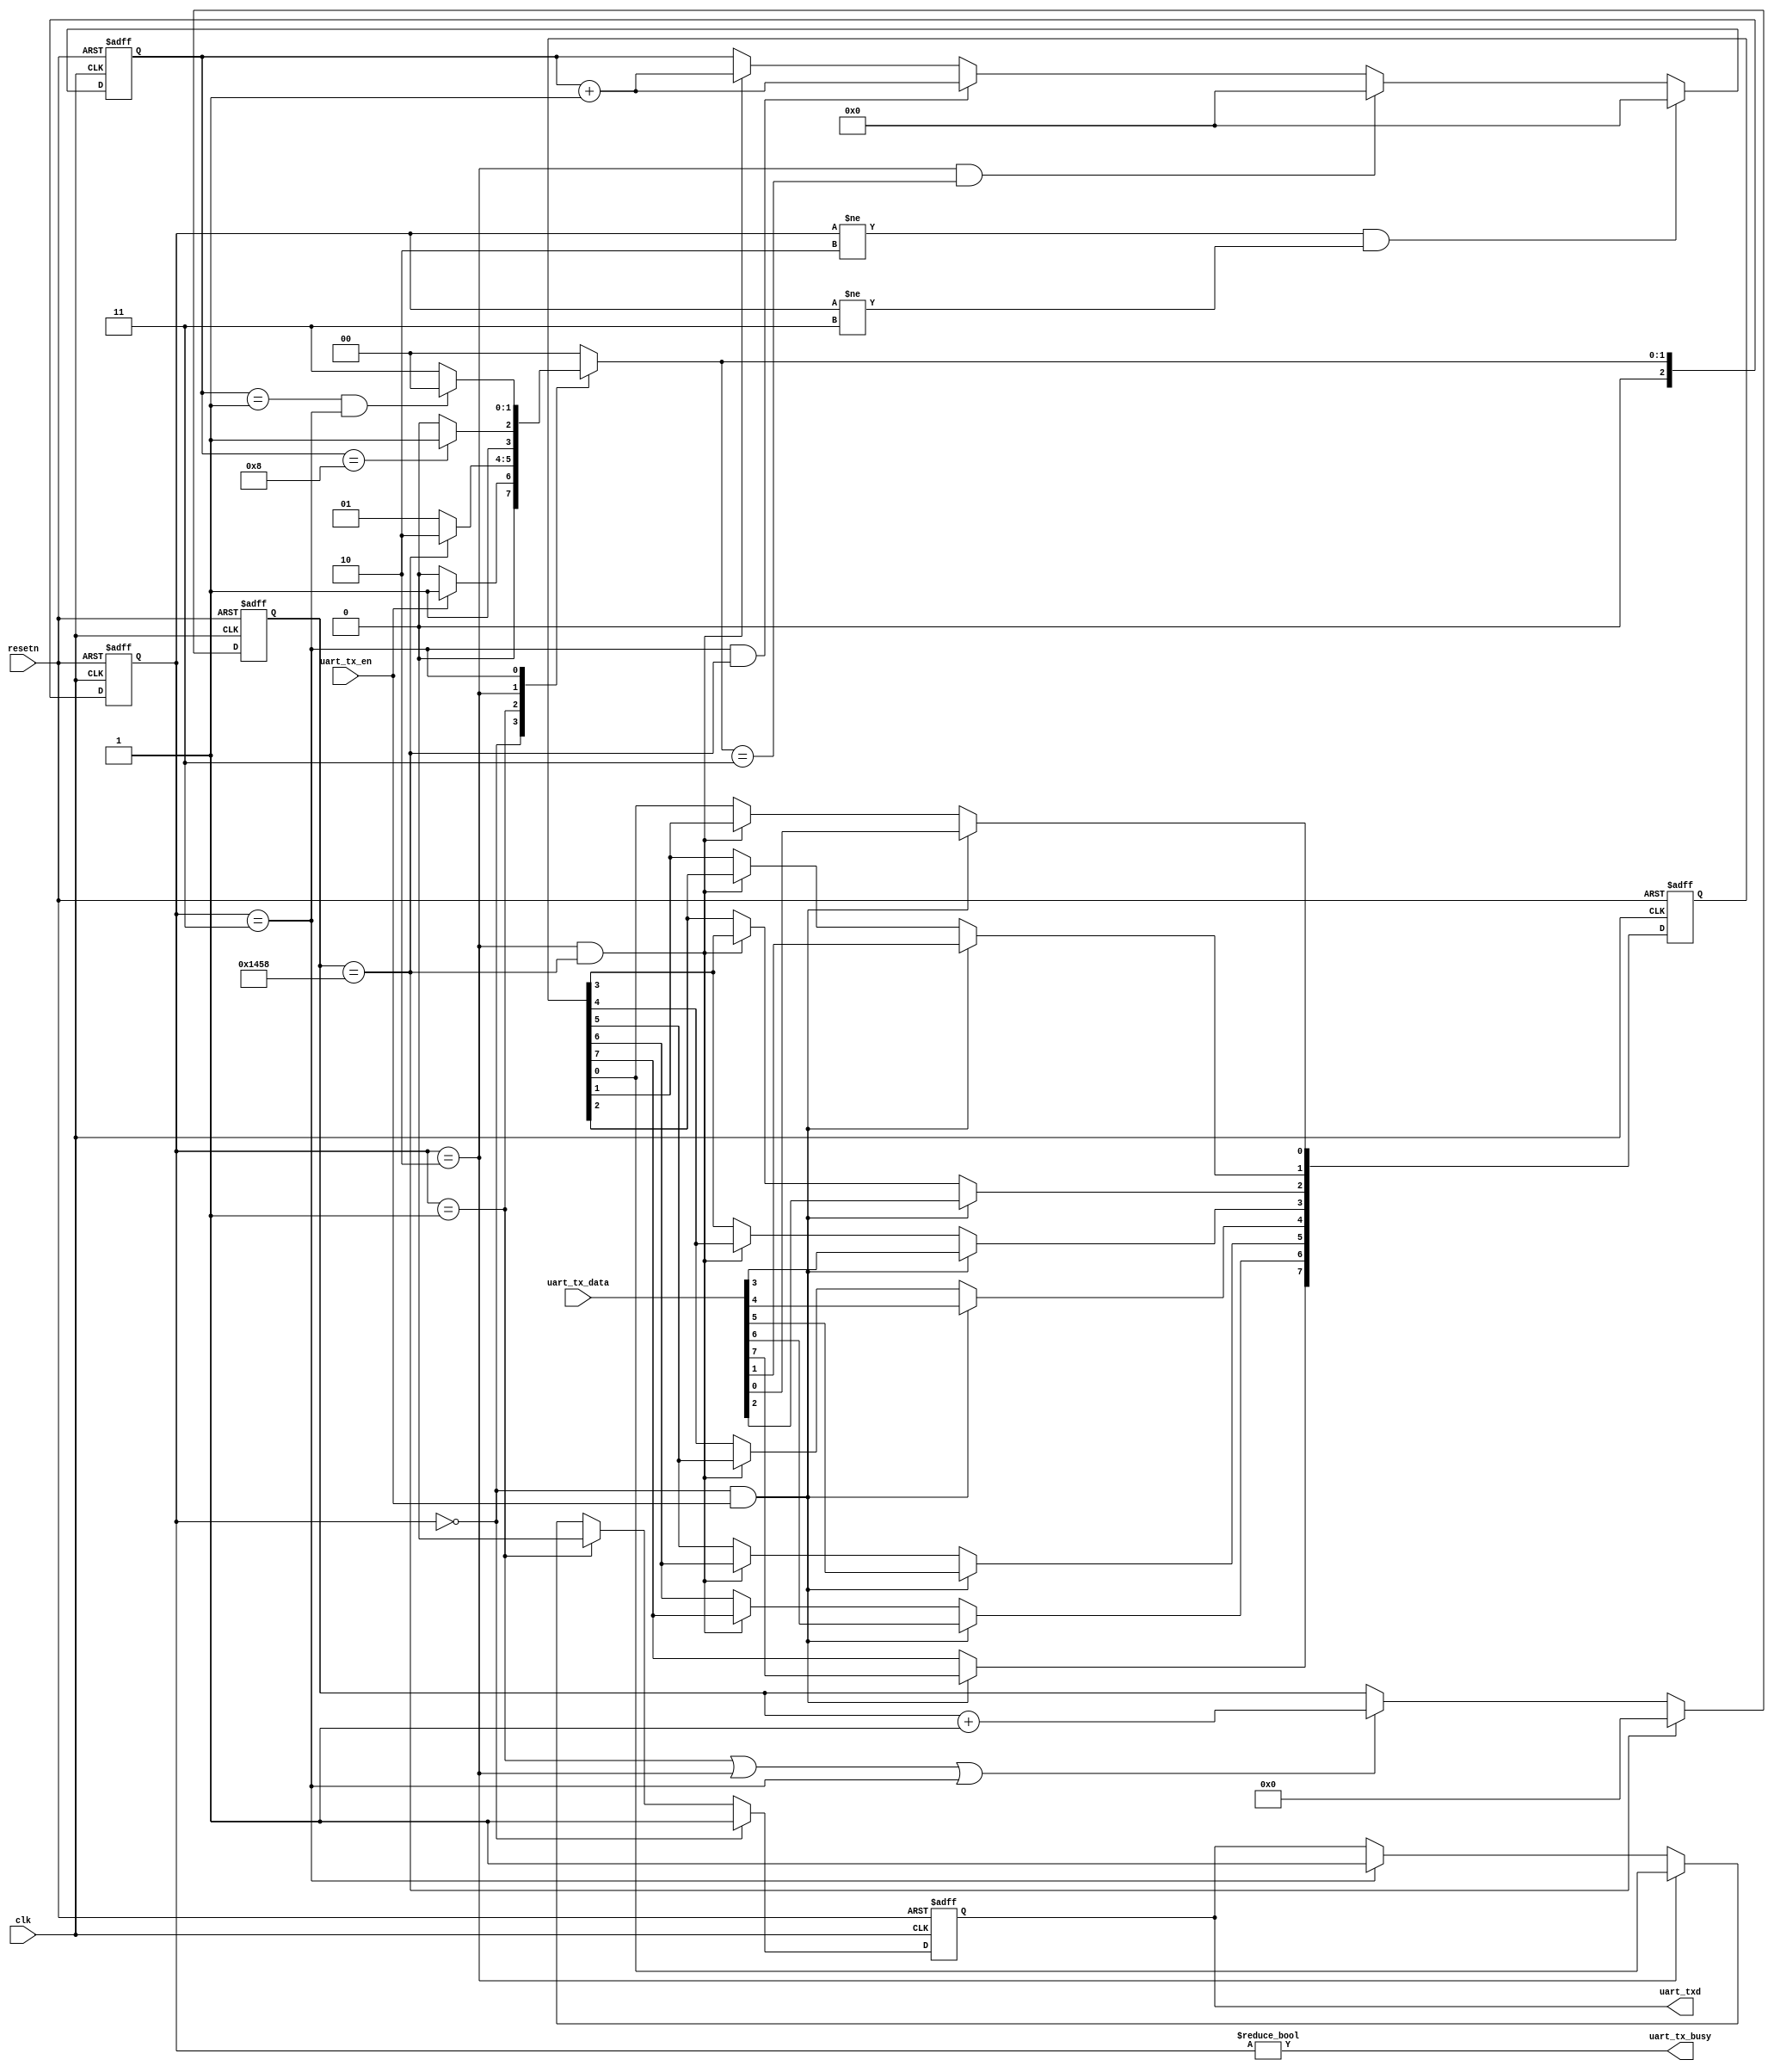


//
// Module: uart_tx
//
// Notes:
// - UART transmitter module.
//

//`include "defines.v"

//module uart_tx #(parameter BIT_RATE = 9600, CLK_HZ = 50000000, PAYLOAD_BITS = 8, STOP_BITS = 1) (
module uart_tx #(parameter BIT_RATE = 9600, CLK_MHZ = 50, PAYLOAD_BITS = 8, STOP_BITS = 1) (
   input  wire         clk         , // Top level system clock input.
   input  wire         resetn      , // Asynchronous active low reset.
   output wire         uart_txd    , // UART transmit pin.
   output wire         uart_tx_busy, // Module busy sending previous item.
   input  wire         uart_tx_en  , // Send the data on uart_tx_data
   input  wire [PAYLOAD_BITS-1:0]   uart_tx_data  // The data to be sent
);

// ---------------------------------------------------------------------------
// External parameters.
//

//
// Input bit rate of the UART line.
//parameter   BIT_RATE        = 9600; // bits / sec
localparam  BIT_P           = 1_000_000_000 * 1/BIT_RATE; // nanoseconds

//
// Clock frequency in hertz.
//parameter   CLK_HZ          =    50_000_000;
//localparam  CLK_P           = 1_000_000_000 * 1/CLK_HZ; // nanoseconds
localparam  CLK_P           = 1000 * 1/CLK_MHZ; // nanoseconds

//
// Number of data bits recieved per UART packet.
//parameter   PAYLOAD_BITS    = 8;

//
// Number of stop bits indicating the end of a packet.
//parameter   STOP_BITS       = 1;

// ---------------------------------------------------------------------------
// Internal parameters.
//

//
// Size of the registers which store sample counts and bit durations.
localparam       COUNT_REG_LEN      = 16;

//
// Number of clock cycles per uart bit.
localparam       CYCLES_PER_BIT     = BIT_P / CLK_P;

// ---------------------------------------------------------------------------
// Internal registers.
//

//
// Internally latched value of the uart_txd line. Helps break long timing
// paths from the logic to the output pins.
reg txd_reg;

//
// Storage for the serial data to be sent.
reg [PAYLOAD_BITS-1:0] data_to_send;

//
// Counter for the number of cycles over a packet bit.
reg [COUNT_REG_LEN-1:0] cycle_counter;

//
// Counter for the number of sent bits of the packet.
reg [3:0] bit_counter;

//
// Current and next states of the internal FSM.
reg [2:0] fsm_state;
reg [2:0] n_fsm_state;

localparam FSM_IDLE = 0;
localparam FSM_START= 1;
localparam FSM_SEND = 2;
localparam FSM_STOP = 3;


// ---------------------------------------------------------------------------
// FSM next state selection.
//

assign uart_tx_busy = fsm_state != FSM_IDLE;
assign uart_txd     = txd_reg;

wire next_bit     = cycle_counter == CYCLES_PER_BIT;
wire payload_done = bit_counter   == PAYLOAD_BITS  ;
wire stop_done    = bit_counter   == STOP_BITS && fsm_state == FSM_STOP;

//
// Handle picking the next state.
always @(*) begin : p_n_fsm_state
    case(fsm_state)
        FSM_IDLE : n_fsm_state = uart_tx_en   ? FSM_START: FSM_IDLE ;
        FSM_START: n_fsm_state = next_bit     ? FSM_SEND : FSM_START;
        FSM_SEND : n_fsm_state = payload_done ? FSM_STOP : FSM_SEND ;
        FSM_STOP : n_fsm_state = stop_done    ? FSM_IDLE : FSM_STOP ;
        default  : n_fsm_state = FSM_IDLE;
    endcase
end

// ---------------------------------------------------------------------------
// Internal register setting and re-setting.
//

//
// Handle updates to the sent data register.
integer i = 0;
always @(posedge clk, negedge resetn) begin : p_data_to_send
    if(!resetn) begin
        data_to_send <= {PAYLOAD_BITS{1'b0}};
    end else if(fsm_state == FSM_IDLE && uart_tx_en) begin
        data_to_send <= uart_tx_data;
    end else if(fsm_state       == FSM_SEND       && next_bit ) begin
        for ( i = PAYLOAD_BITS-2; i >= 0; i = i - 1) begin
            data_to_send[i] <= data_to_send[i+1];
        end
    end
end


//
// Increments the bit counter each time a new bit frame is sent.
always @(posedge clk, negedge resetn) begin : p_bit_counter
    if(!resetn) begin
        bit_counter <= 4'b0;
    end else if(fsm_state != FSM_SEND && fsm_state != FSM_STOP) begin
        bit_counter <= {COUNT_REG_LEN{1'b0}};
    end else if(fsm_state == FSM_SEND && n_fsm_state == FSM_STOP) begin
        bit_counter <= {COUNT_REG_LEN{1'b0}};
    end else if(fsm_state == FSM_STOP&& next_bit) begin
        bit_counter <= bit_counter + 1'b1;
    end else if(fsm_state == FSM_SEND && next_bit) begin
        bit_counter <= bit_counter + 1'b1;
    end
end


//
// Increments the cycle counter when sending.
always @(posedge clk, negedge resetn) begin : p_cycle_counter
    if(!resetn) begin
        cycle_counter <= {COUNT_REG_LEN{1'b0}};
    end else if(next_bit) begin
        cycle_counter <= {COUNT_REG_LEN{1'b0}};
    end else if(fsm_state == FSM_START ||
                fsm_state == FSM_SEND  ||
                fsm_state == FSM_STOP   ) begin
        cycle_counter <= cycle_counter + 1'b1;
    end
end


//
// Progresses the next FSM state.
always @(posedge clk, negedge resetn) begin : p_fsm_state
    if(!resetn) begin
        fsm_state <= FSM_IDLE;
    end else begin
        fsm_state <= n_fsm_state;
    end
end


//
// Responsible for updating the internal value of the txd_reg.
always @(posedge clk, negedge resetn) begin : p_txd_reg
    if(!resetn) begin
        txd_reg <= 1'b1;
    end else if(fsm_state == FSM_IDLE) begin
        txd_reg <= 1'b1;
    end else if(fsm_state == FSM_START) begin
        txd_reg <= 1'b0;
    end else if(fsm_state == FSM_SEND) begin
        txd_reg <= data_to_send[0];
    end else if(fsm_state == FSM_STOP) begin
        txd_reg <= 1'b1;
    end
end

endmodule